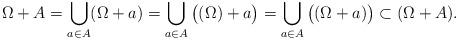
LaTeX: \begin{align*}\Omega+A&=\bigcup_{a\in A}(\Omega+a)=\bigcup_{a\in A}\big((\Omega)+a\big)=\bigcup_{a\in A}\big((\Omega+a)\big)\subset(\Omega+ A).\end{align*}